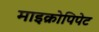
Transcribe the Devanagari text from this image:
माइक्रोपिपेट